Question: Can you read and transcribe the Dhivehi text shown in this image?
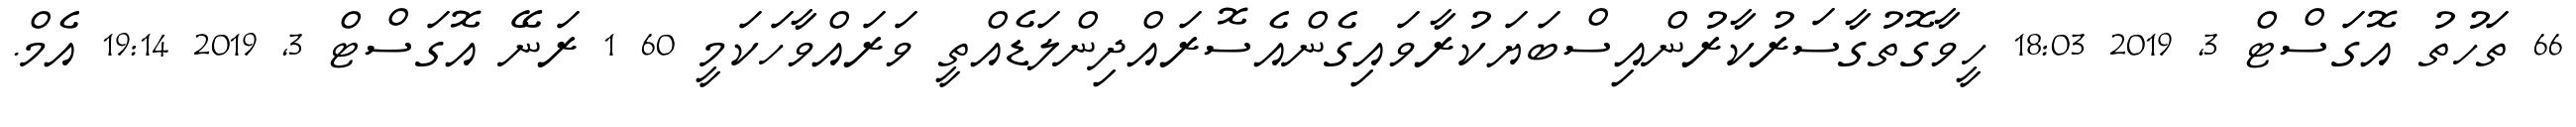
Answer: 66 ތަހުތު އޮގަސްޓް 3, 2019 18:03 ހީވާގޮތުގާސަރުކާރުންއިސްބަޔަކުރާވައިގެންއެސޮރައްދިންލަޑެއްތީ ވަރައްވާހަކަމީ 60 1 ރަނޭ އޮގަސްޓް 3, 2019 19:14 އެމް.